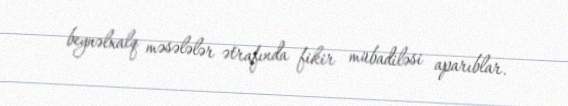
beynəlxalq məsələlər ətrafında fikir mübadiləsi aparıblar.